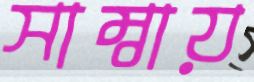
সাম্বায়